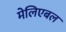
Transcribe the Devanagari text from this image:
मेलिएबल